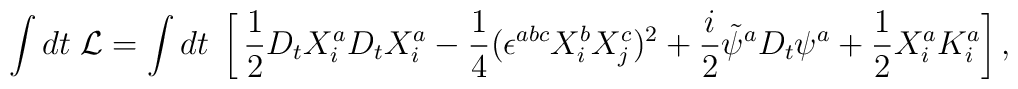
\int dt\;{\cal L}=\int dt\;\left[\,\frac{1}{2}D_tX^a_iD_tX^a_i-\frac{1}{4}(\epsilon^{abc}X^b_iX^c_j)^2+\frac{i}{2}\tilde\psi^aD_t\psi^a+\frac{1}{2}X^a_iK^a_i \right],